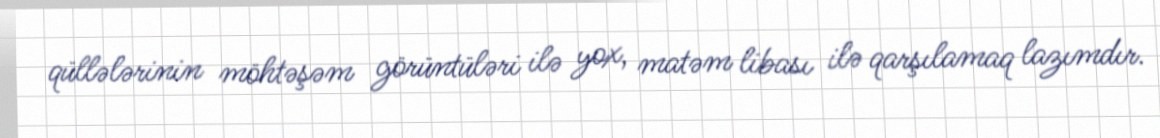
qüllələrinin möhtəşəm görüntüləri ilə yox, matəm libası ilə qarşılamaq lazımdır.